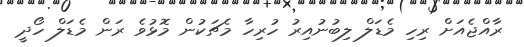
ރާއްޖެއަށް ރިހި މެޑަލް ލިބުނުއިރު ހުރިހާ މެޗަކުން މޮޅުވެ ރަން މެޑަލް ހޯދީ